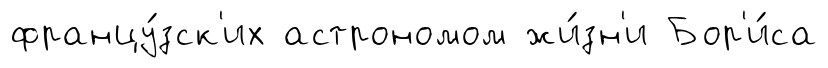
францу́зск'их астрономом жи́зн'и Бор'и́са